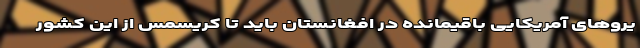
یروهای آمریکایی باقیمانده در افغانستان باید تا کریسمس از این کشور